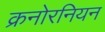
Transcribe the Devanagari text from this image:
क्रनोरनियन